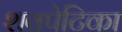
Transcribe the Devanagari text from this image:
शवपेटिका